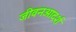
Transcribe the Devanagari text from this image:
जीवनआदर्श